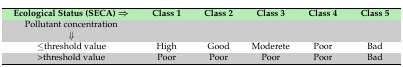
<table><thead><tr><td><b>Ecological Status (SECA) ⇒</b></td><td><b>Class 1</b></td><td><b>Class 2</b></td><td><b>Class 3</b></td><td><b>Class 4</b></td><td><b>Class 5</b></td></tr></thead><tbody><tr><td>Pollutant concentration⇓</td><td></td><td></td><td></td><td></td><td></td></tr><tr><td>≤threshold value</td><td>High</td><td>Good</td><td>Moderete</td><td>Poor</td><td>Bad</td></tr><tr><td>&gt;threshold value</td><td>Poor</td><td>Poor</td><td>Poor</td><td>Poor</td><td>Bad</td></tr></tbody></table>